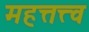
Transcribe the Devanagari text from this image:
महत्तत्त्व